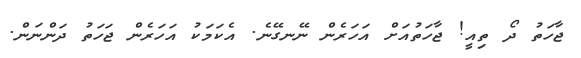
ޖާހަތު ދޯ ތިއީ! ޖާހަތުއަށް އަހަރެން ނޭނގޭނެ. އެކަމަކު އަހަރެން ޖަހަތު ދަންނަން.